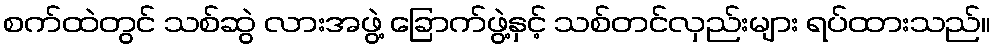
စက်ထဲတွင် သစ်ဆွဲ လားအဖွဲ့ ခြောက်ဖွဲ့နှင့် သစ်တင်လှည်းများ ရပ်ထားသည်။